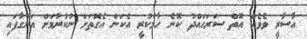
އާސާރީ ވެވެއް އޮތް ސަރަހައްދު ކޮނެ ހާމަކުރީ އެކަން އެގޮތަށް ނުކުރުމަށް އަންގާފައި